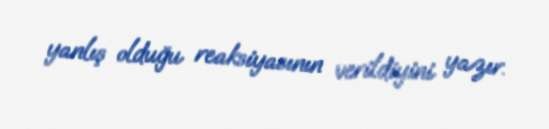
yanlış olduğu reaksiyasının verildiyini yazır.